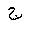
Letter: _gim